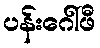
ပန်းဂေါ်ဖီ